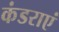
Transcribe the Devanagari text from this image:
कंडराएं